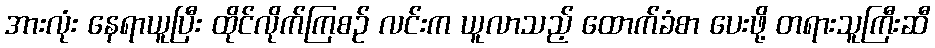
အားလုံး နေရာယူပြီး ထိုင်လိုက်ကြစဉ် လင်းက ယူလာသည့် ထောက်ခံစာ ပေးဖို့ တရားသူကြီးဆီ